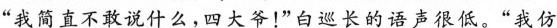
“我简直不敢说什么，四大爷！”白巡长的语声很低。“我仿